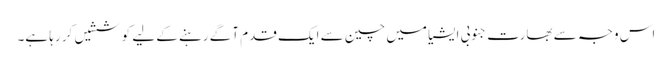
اس وجہ سے بھارت جنوبی ایشیا میں چین سے ایک قدم آگے رہنے کے لیے کوششیں کر رہا ہے۔